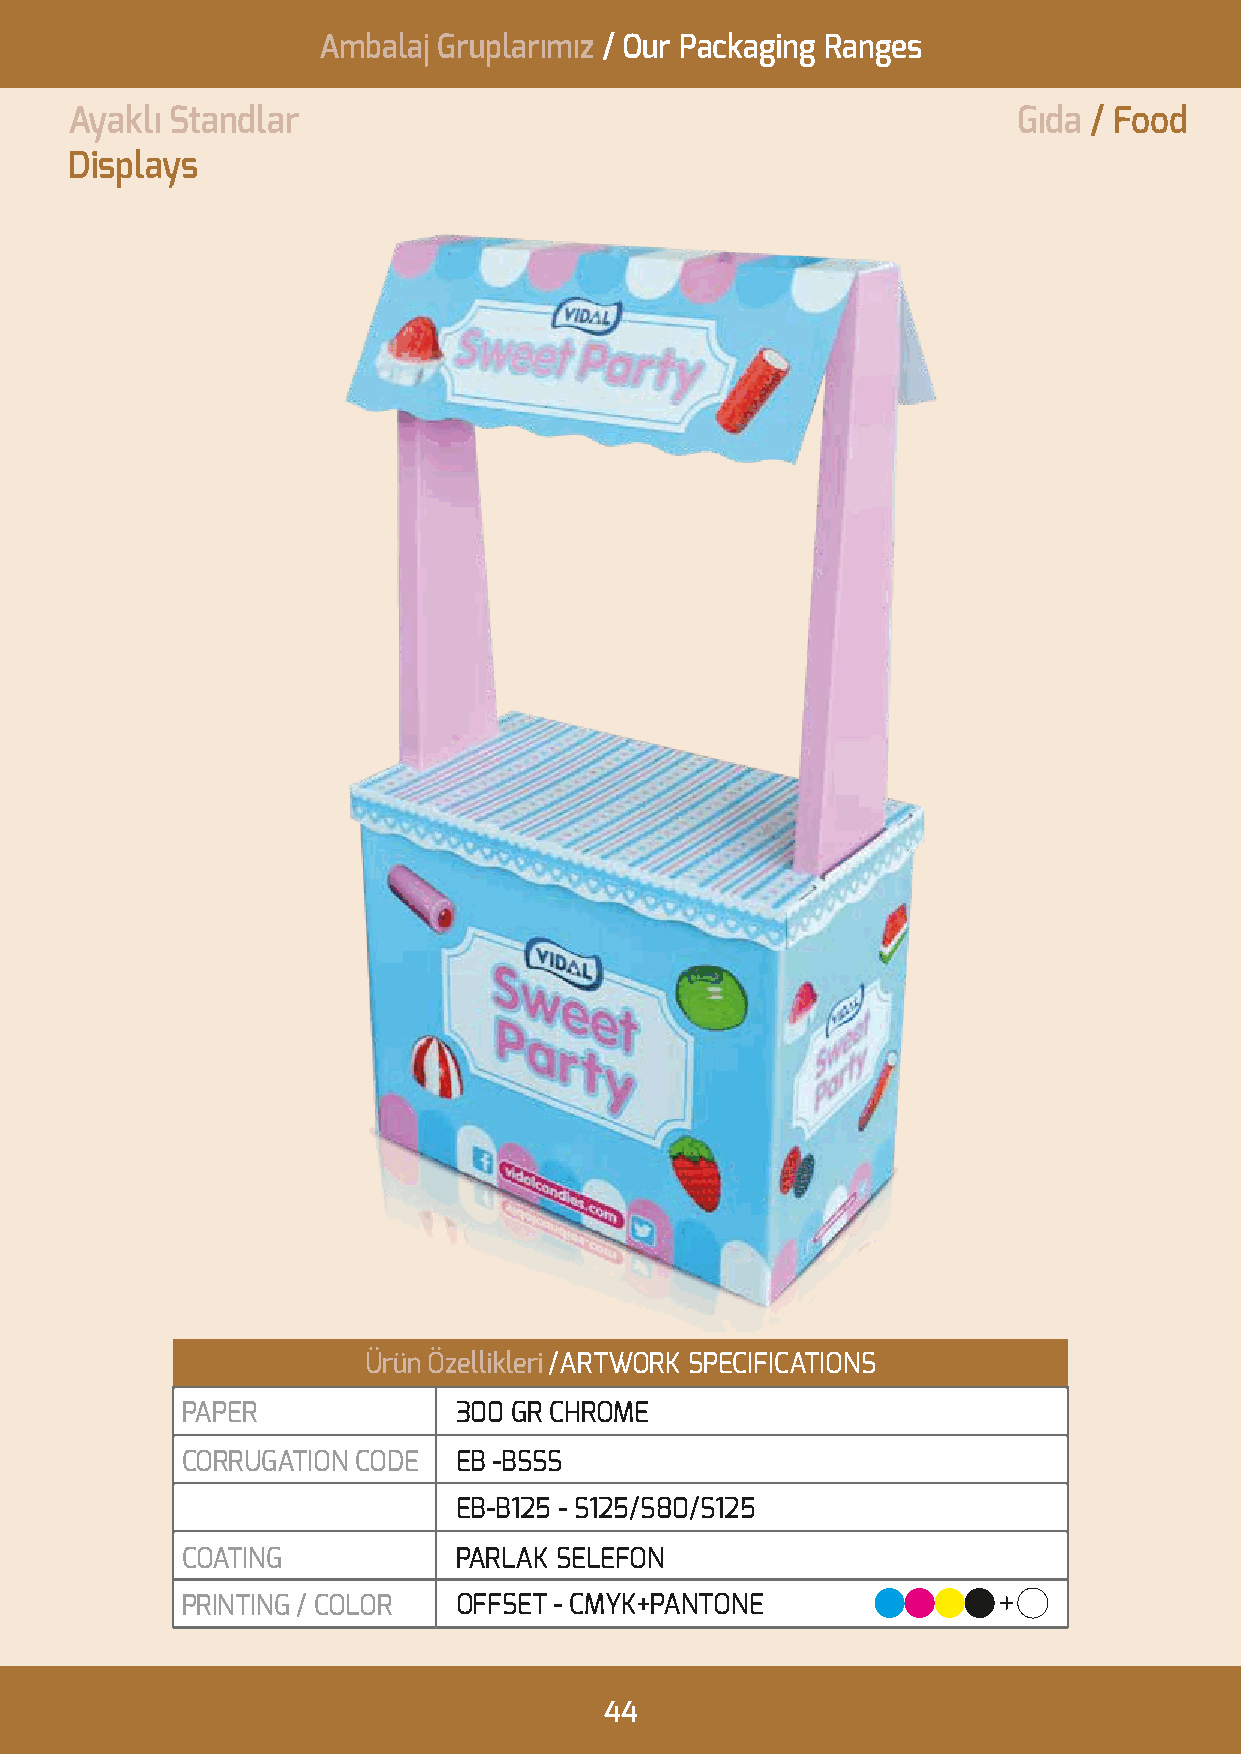
Ambalaj Gruplarımız / Our Packaging Ranges
 Ayaklı Standlar                                               Gıda / Food
 Displays
 Ürün Özellikleri /ARTWORK SPECIFICATIONS
 PAPER             300 GR CHROME
 CORRUGATION CODE  EB -BSSS
 EB-B125 - S125/S80/S125
 COATING           PARLAK SELEFON
 PRINTING / COLOR  OFFSET - CMYK+PANTONE
 44